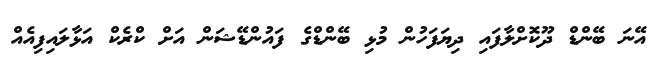
އޭނަ ބޭންޑް ދޫކޮށްލާފައި ދިޔަފަހުން މުޅި ބޭންޑްގެ ފައުންޑޭޝަން އަށް ކްރެކް އަޅާލައިފިއެއް